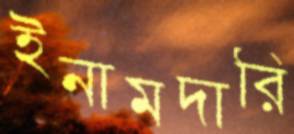
ইনামদারি